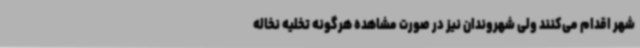
شهر اقدام می‌کنند ولی شهروندان نیز در صورت مشاهده هرگونه تخلیه نخاله